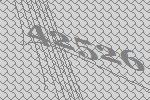
42526